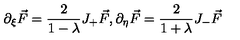
\partial _ { \xi } \vec { F } = \frac { 2 } { 1 - \lambda } J _ { + } \vec { F } , \partial _ { \eta } \vec { F } = \frac { 2 } { 1 + \lambda } J _ { - } \vec { F }